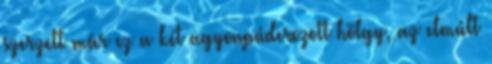
szerzett már ez a két agyonpúderozott hölgy, az elmúlt